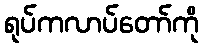
ရုပ်ကလာပ်တော်ကို